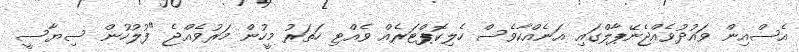
އެސްއިން ވައުދުވެއްޖެނޭޕާލްގައި އަނެއްކާވެސް ހެލިކޮޕްޓަރެއް ވެއްޓި ހަތަރު މީހުން މަރުވެއްޖެ "ފުލުހުން ސިޔާސީ